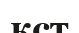
кст